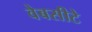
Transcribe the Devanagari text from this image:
वेबसीटे